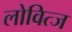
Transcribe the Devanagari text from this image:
लोवित्ज